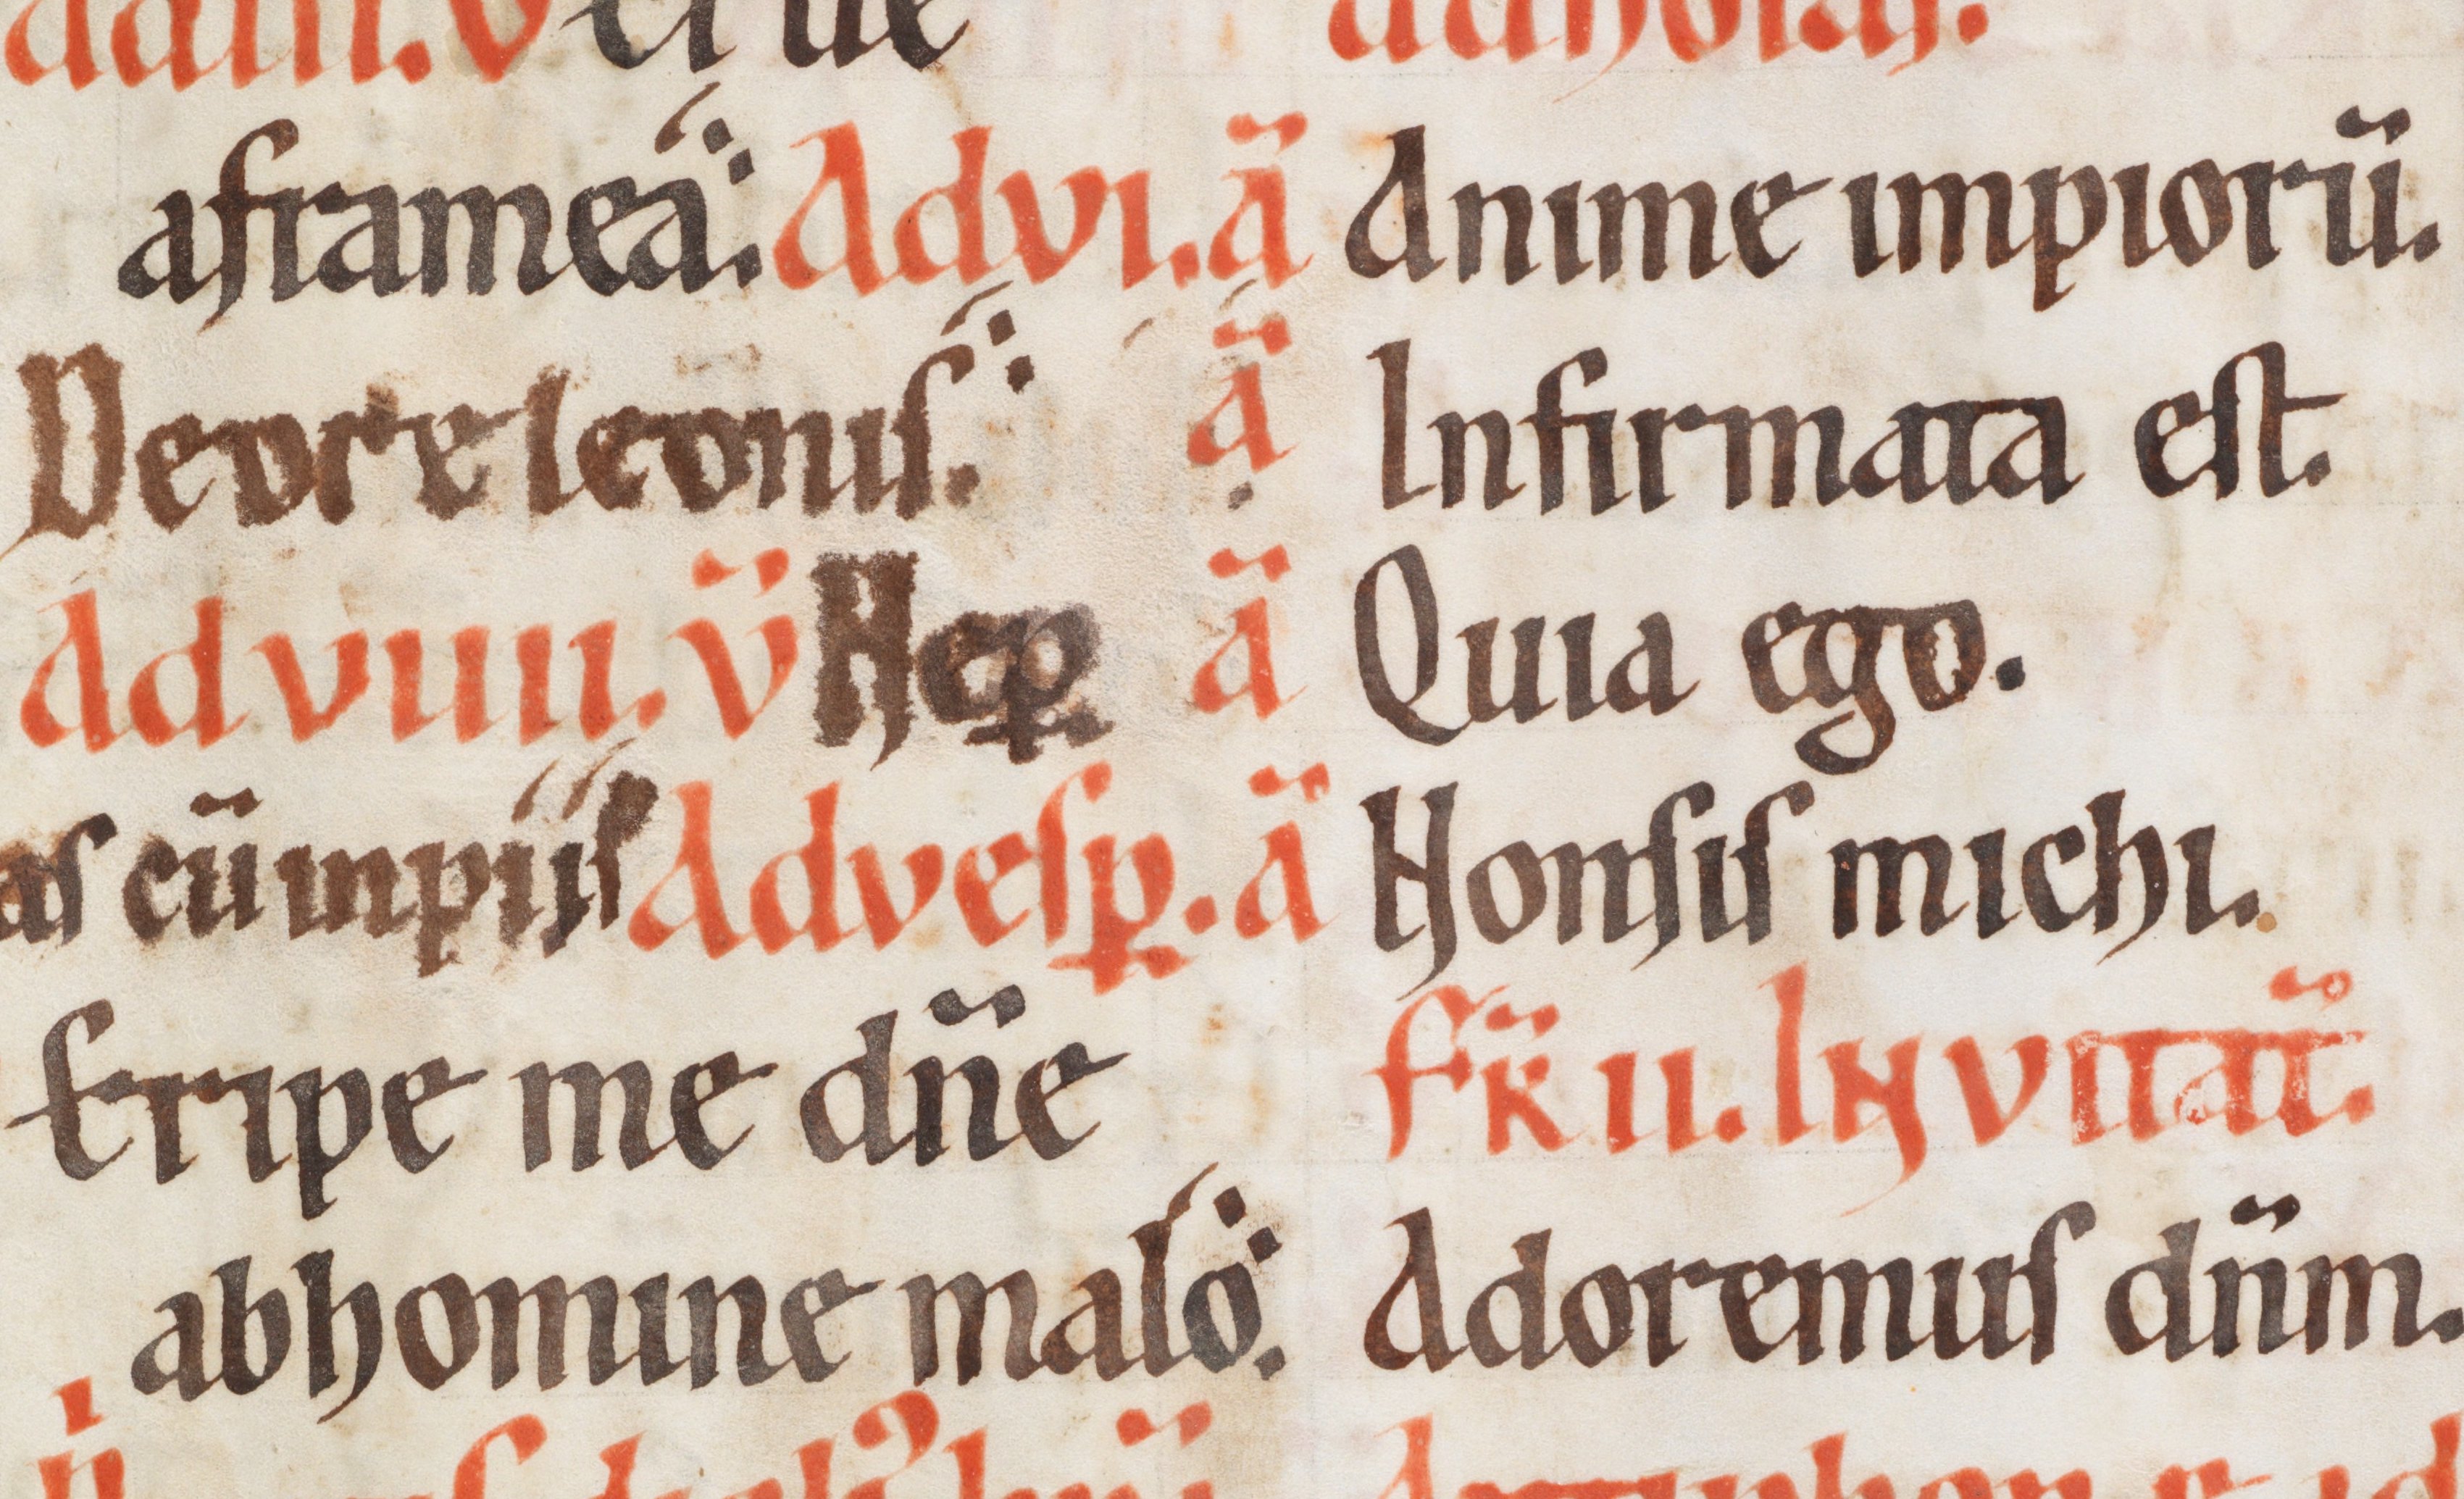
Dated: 1170–1230